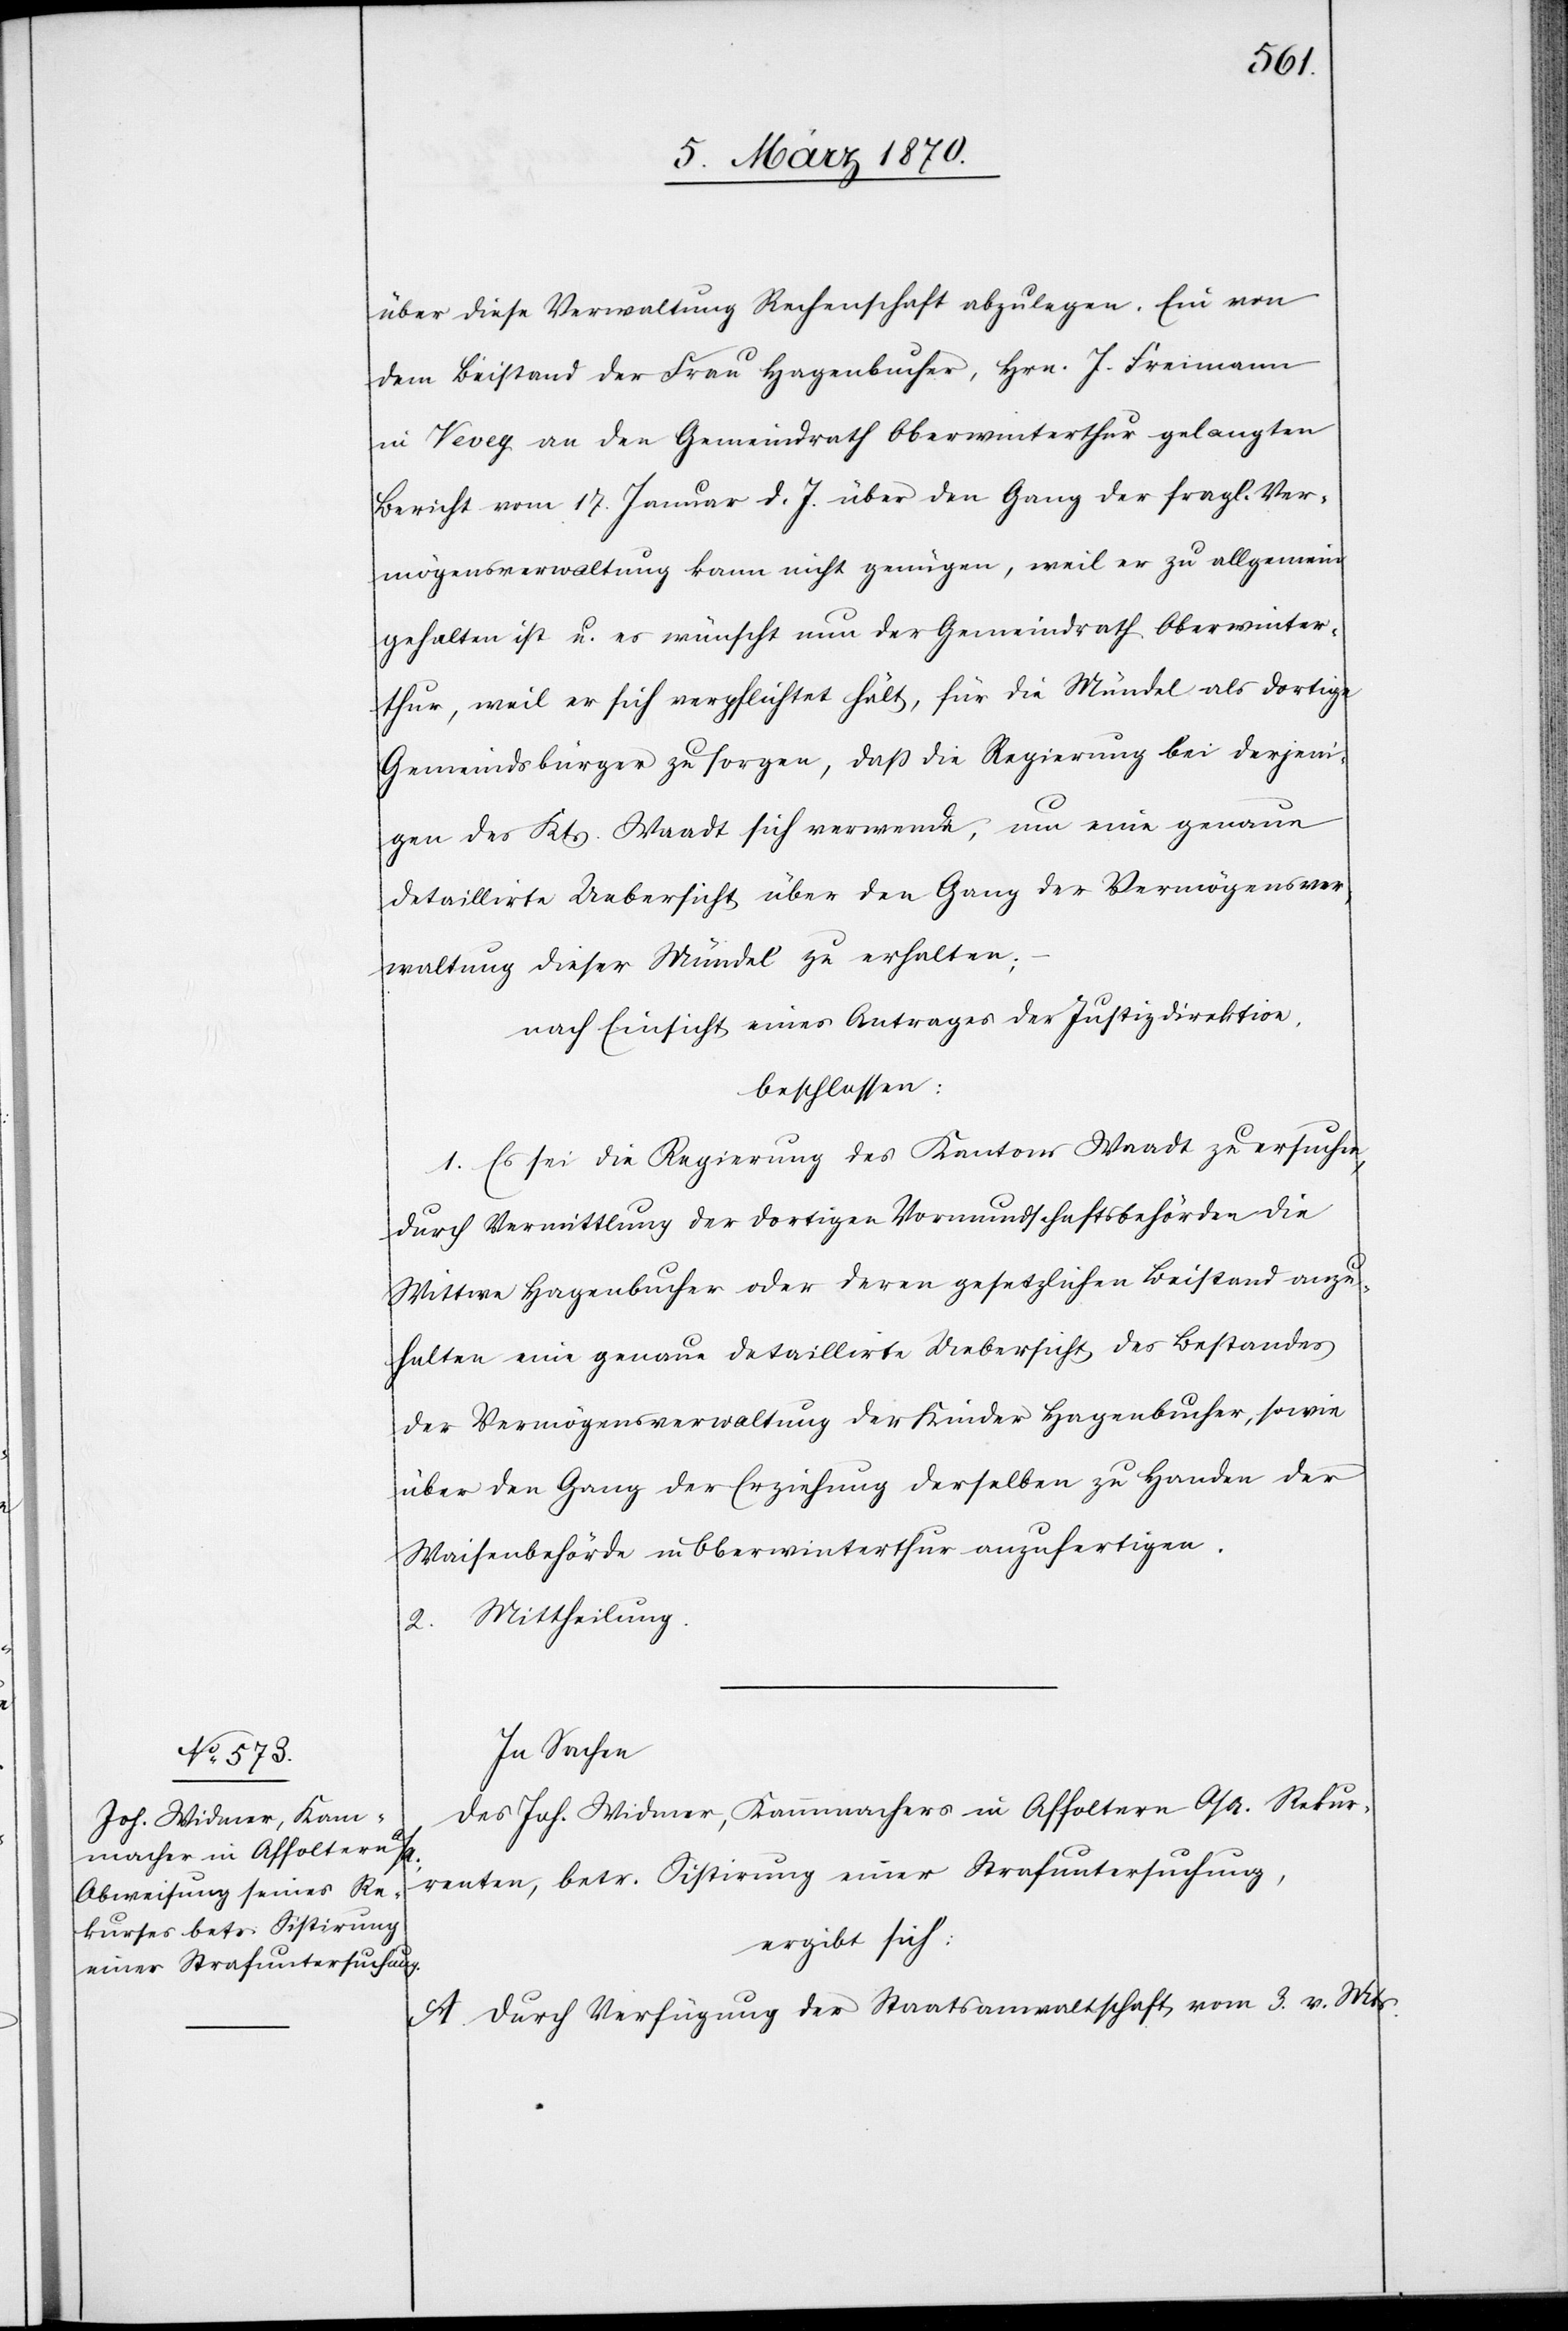
über diese Verwaltung Rechenschaft abzulegen. Ein von
dem Beistand der Frau Hagenbucher, Hrn. J. Freimann
in Vevey an den Gemeindrath Oberwinterthur gelangten
Bericht vom 17. Januar d. J. über den Gang der fragl. Ver¬
mögensverwaltung kann nicht genügen, weil er zu allgemein
gehalten ist u. es wünscht nun der Gemeindrath Oberwinter¬
thur, weil er sich verpflichtet hält, für die Mündel als dortige
Gemeindsbürger zu sorgen, daß die Regierung bei derjeni¬
gen des Kts. Waadt sich verwende, um eine genaue
detaillirte Uebersicht über den Gang der Vermögensver¬
waltung dieser Mündel zu erhalten;
nach Einsicht eines Antrages der Justizdirektion,
beschlossen:
1. Es sei die Regierung des Kantons Waadt zu ersuchen,
durch Vermittlung der dortigen Vormundschaftsbehörden die
Wittwe Hagenbucher oder deren gesetzlichen Beistand anzu¬
halten eine genaue detaillirte Uebersicht des Bestandes
der Vermögensverwaltung der Kinder Hagenbucher, sowie
über den Gang der Erziehung derselben zu Handen der
Waisenbehörde in Oberwinterthur anzufertigen.
2. Mittheilung.
In Sachen
des Joh. Widmer, Kammmachers in Affoltern a/A. Rekur¬
renten, betr. Sistirung einer Strafuntersuchung,
ergibt sich:
A. Durch Verfügung der Staatsanwaltschaft vom 3. v. Mts.